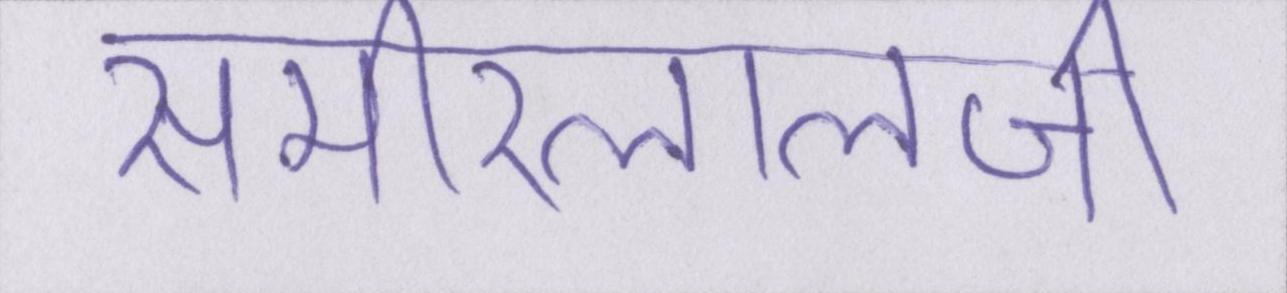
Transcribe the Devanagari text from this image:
समीरलालजी